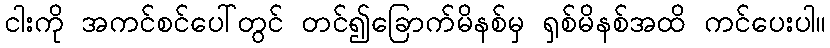
ငါးကို အကင်စင်ပေါ်တွင် တင်၍ခြောက်မိနစ်မှ ရှစ်မိနစ်အထိ ကင်ပေးပါ။